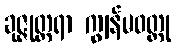
ခုဇ္ဇုတ္တရာ ကျွန်မဝတ္ထု